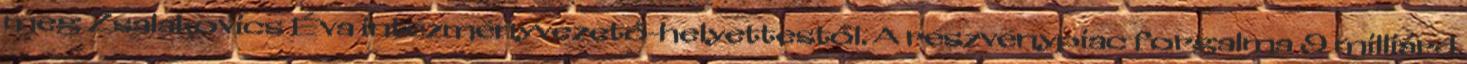
meg Zsalakovics Éva intézményvezető-helyettestől. A részvénypiac forgalma 9 milliárd